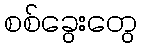
စစ်ခွေးတွေ